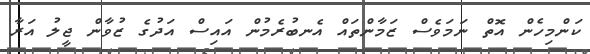
ކަންމިހެން އޮތް ނަމަވެސް ޒަމާންތައް އެނބުރެމުން އައިސް އަދުގެ ޒުވާން ޖީލު އަރާ